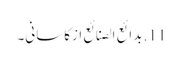
11. بدائع الصنائع ازکاسانی۔